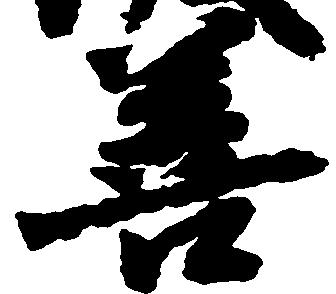
善